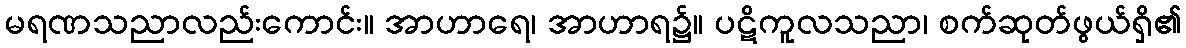
မရဏသညာလည်းကောင်း။ အာဟာရေ၊ အာဟာရ၌။ ပဋိကူလသညာ၊ စက်ဆုတ်ဖွယ်ရှိ၏